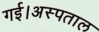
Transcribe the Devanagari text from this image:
गई।अस्पताल